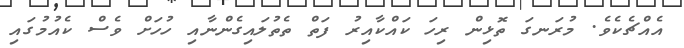
އެއްޗެކެވެ. މުރަނގަ ތޮޅިން ރިހަ ކައްކާއިރު ފަތް ތެތުލައިގެންނާއި ހުހަށް ވެސް ކެއުމުގައި